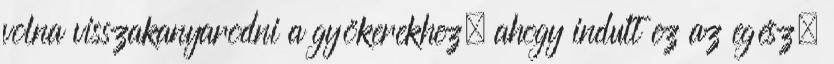
volna visszakanyarodni a gyökerekhez, ahogy indult ez az egész.